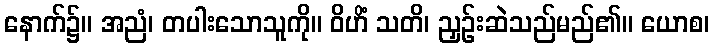
နောက်၌။ အညံ၊ တပါးသောသူကို။ ဝိဟိံ သတိ၊ ညှဉ်းဆဲသည်မည်၏။ ယောစ၊